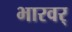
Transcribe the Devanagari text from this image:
भारवर्